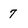
Character: 7